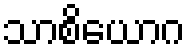
သာစိယောဂ